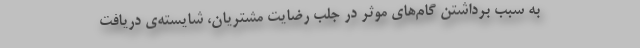
به سبب برداشتن گام‌های موثر در جلب رضایت مشتریان، شایسته‌ی دریافت